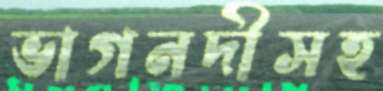
ভাগনদীসহ